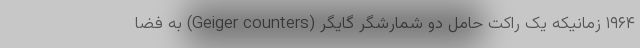
۱۹۶۴ زمانیکه یک راکت حامل دو شمارشگر گایگر (Geiger counters) به فضا